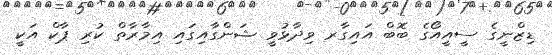
ޑިޒްނީގެ ސީއީއޯގެ ބޮބް އައިގާރ ވިދާޅުވީ ޝަންގާއިގައި އިމާރާތް ކުރި ޕާކް އަކީ